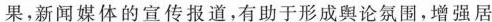
果，新闻媒体的宣传报道，有助于形成舆论氛围，增强居